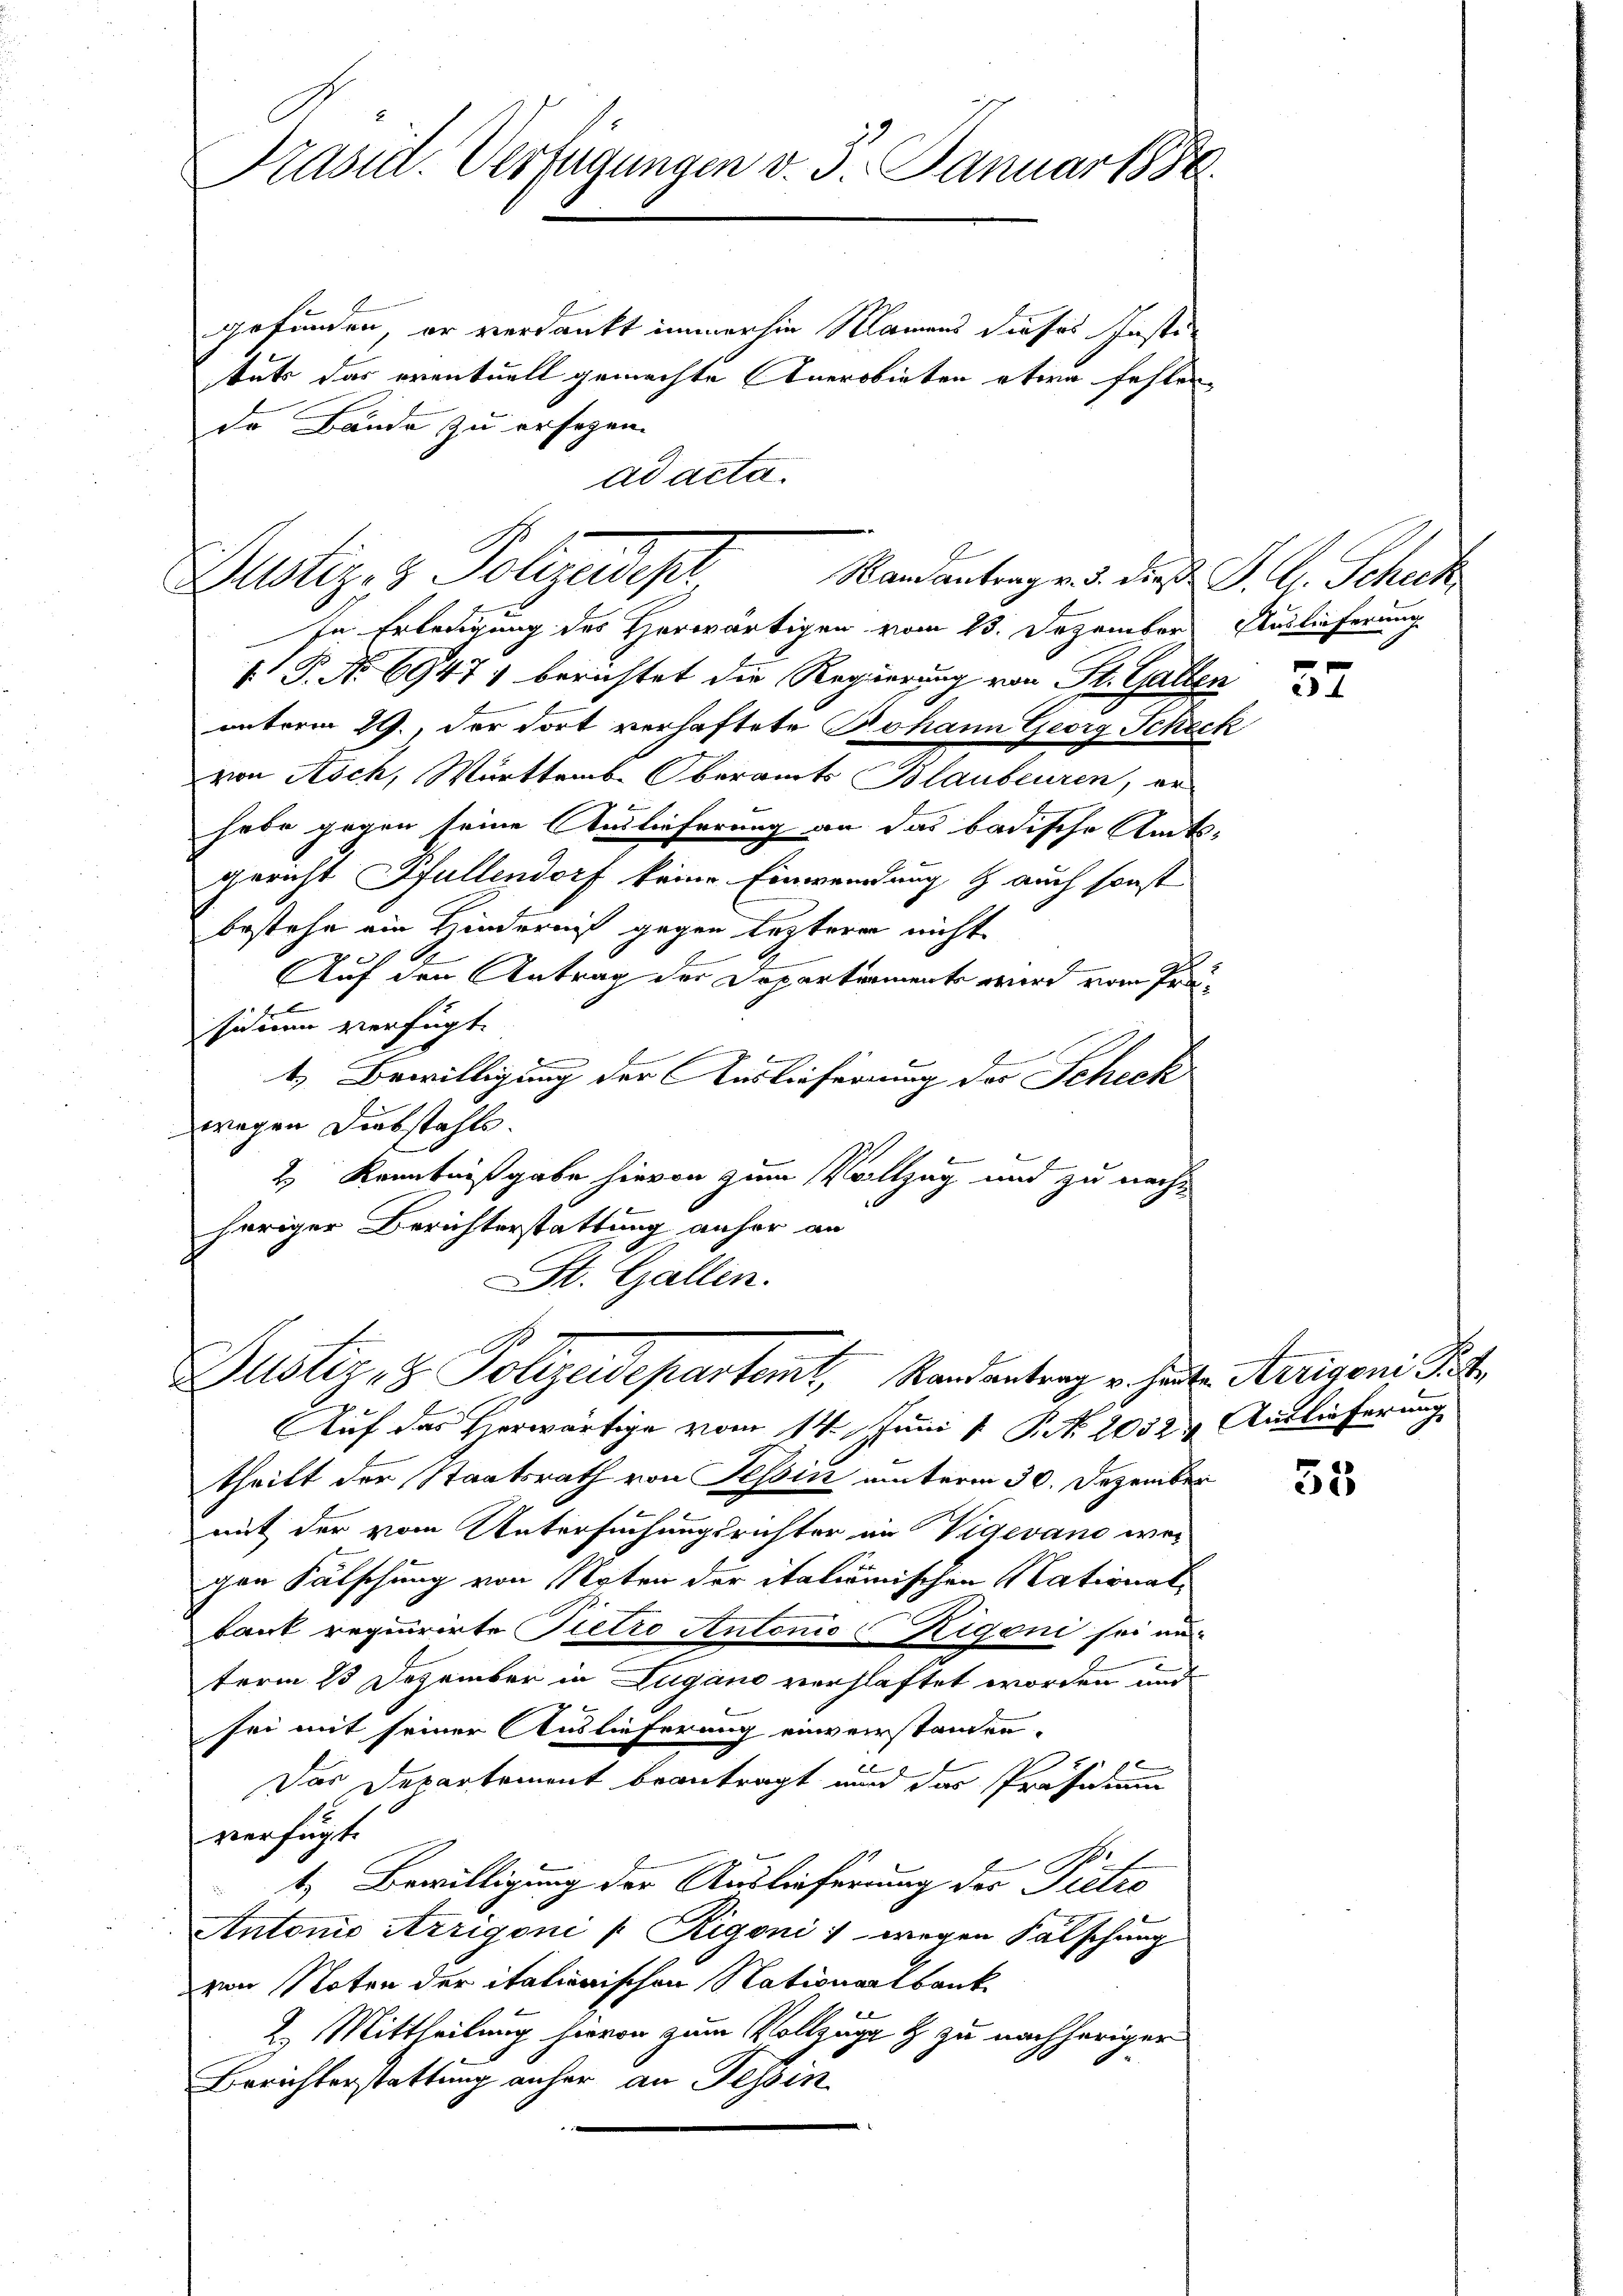
Präsid. Verfügungen v. J. Januar 188

gefunden, er verdankt immerhin Namens dieses Instituts das eventuell gemachte Anerbieten etwa fehlen
de Bände zu ersezen.
ad acta.

Justiz- & Polizeidep
Randantrag v. 5. dieß P. G. Scheck

In Erledigung des Herwärtigen vom 13. Dezember Auslieferung
 P. No 6947) berichtet die Regierung von St. Gallen
unterm 29., der dort verhaftete Johann Georg Scheck
von Koch, Württemb. Oberamts Blaubeuren, er
habe gegen seine Auslieferung an das badische Amts-
gericht Pfullendorf keine Einwendung & auch sonst
bestehe ein Hinderniß gegen lezteren nicht
h
Auf den Antrag der Departement wird vom Prä¬

sinen verfügt:
t. Bewilligung der Auslieferung der Scheck
wegen Diebstahls.
2 Kenntnißgabe hievon zum Vollzug und zu nachhöriger Berichterstattung anher an
St. Gallen.

Justiz- & Polizeidepartemt, Randantrag v. hat. Aerigen s

2

Auf das Herwärtige vom 14. Juni 1 S. 2052. Auslieferung
theilt der Staatsrath von Tessin unterm 30. Dezember
E
mit der vom Untersuchungsrichter im Vigevano wei
gen Fälschung von Noten der italiänischen Nationalbank requirirte Pietro Antonio Rigoni sei aus
term 13 Dezember in Zugano verhaftet worden und
sei mit seiner Auslieferung einverstanden.
d
Das Departement beantragt und das Präsidium
verfügt:
1. Bewilligung der Auslieferung der Pietro
Antonio Arrigoni (Rigoni wegen Fälschung
von Noten der italienischen Nationalbank
2. Mittheilung hievon zum Vollzuge & zu nachheriger
Berichterstattung anher an Tessin

52

53